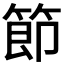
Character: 節